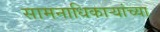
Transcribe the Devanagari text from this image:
सामनाधिकार्‍यांच्या